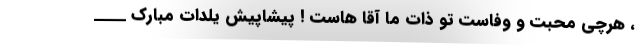
، هرچی محبت و وفاست تو ذات ما آقا هاست ! پیشاپیش یلدات مبارک ____